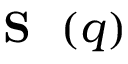
\mathrm { ~ { ~ \bf ~ S ~ } ~ } ( q )